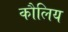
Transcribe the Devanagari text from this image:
कौलिय